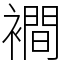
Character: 襇